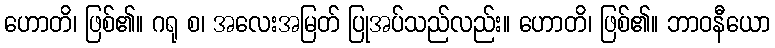
ဟောတိ၊ ဖြစ်၏။ ဂရု စ၊ အလေးအမြတ် ပြုအပ်သည်လည်း။ ဟောတိ၊ ဖြစ်၏။ ဘာဝနီယော